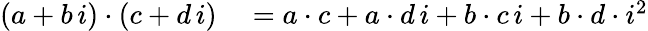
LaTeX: \begin{array}{rl}{(a+b\, i)\cdot(c+d\, i)}&{{}=a\cdot c+a\cdot d\, i+b\cdot c\, i+b\cdot d\cdot i^{2}}\end{array}